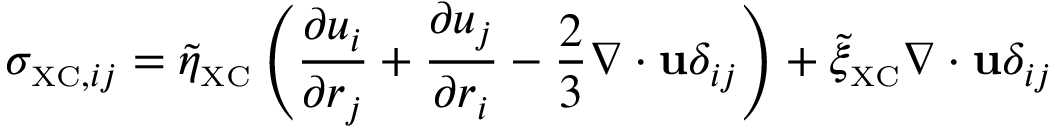
\sigma _ { { \scriptscriptstyle \mathrm { X C } } , i j } = \tilde { \eta } _ { \scriptscriptstyle \mathrm { X C } } \left( \frac { \partial u _ { i } } { \partial r _ { j } } + \frac { \partial u _ { j } } { \partial r _ { i } } - \frac { 2 } { 3 } \nabla \cdot { \bf u } \delta _ { i j } \right) + \tilde { \xi } _ { \scriptscriptstyle \mathrm { X C } } \nabla \cdot { \bf u } \delta _ { i j }